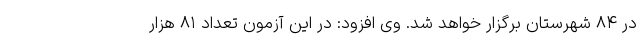
در ۸۴ شهرستان برگزار خواهد شد. وی افزود: در این آزمون تعداد ۸۱ هزار